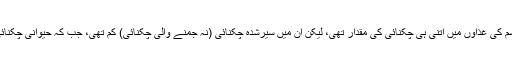
دوسری دوقسم کی غذاؤں میں اتنی ہی چکنائی کی مقدار تھی، لیکن ان میں سیرشدہ چکنائی (نہ جمنے والی چکنائی) کم تھی، جب کہ حیوانی چکنائی زیادہ تھی۔